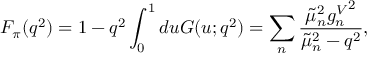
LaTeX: F _ { \pi } ( q ^ { 2 } ) = 1 - q ^ { 2 } \int _ { 0 } ^ { 1 } d u G ( u ; q ^ { 2 } ) = \sum _ { n } \frac { \tilde { \mu } _ { n } ^ { 2 } { g _ { n } ^ { V } } ^ { 2 } } { \tilde { \mu } _ { n } ^ { 2 } - q ^ { 2 } } ,